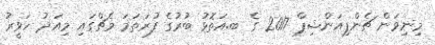
މިނިވަން ޗެންޕިއަންޝިޕް 2017 ގެ ބ.އަތޮޅު ބުުރުގެ ފުރަތަމަ މެޗްގައި މިއަދު ހަވީރު